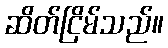
ဆိတ်ငြိမ်သည်။